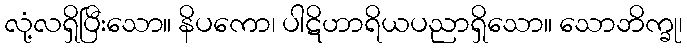
လုံ့လရှိပြီးသော။ နိပကော၊ ပါဋိဟာရိယပညာရှိသော။ သောဘိက္ခု၊